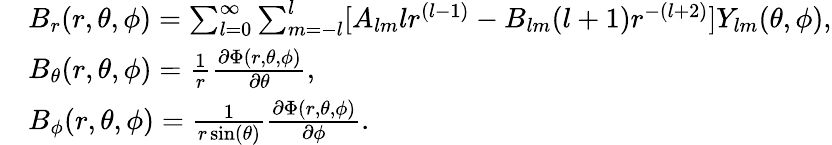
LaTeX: \begin{array}{rl}&{B_{r}(r,\theta,\phi)=\sum_{l=0}^{\infty}\sum_{m=-l}^{l}[A_{lm}lr^{(l-1)}-B_{lm}(l+1)r^{-(l+2)}]Y_{lm}(\theta,\phi),}\\ &{B_{\theta}(r,\theta,\phi)=\frac 1r\frac{\partial\Phi(r,\theta,\phi)}{\partial\theta},}\\ &{B_{\phi}(r,\theta,\phi)=\frac 1{r\sin(\theta)}\frac{\partial\Phi(r,\theta,\phi)}{\partial\phi}.}\end{array}